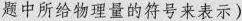
题中所给物理量的符号来表示)